Civil Veterinary Department. United Provinces 1932-42 - 1932-1942
Year: 1932
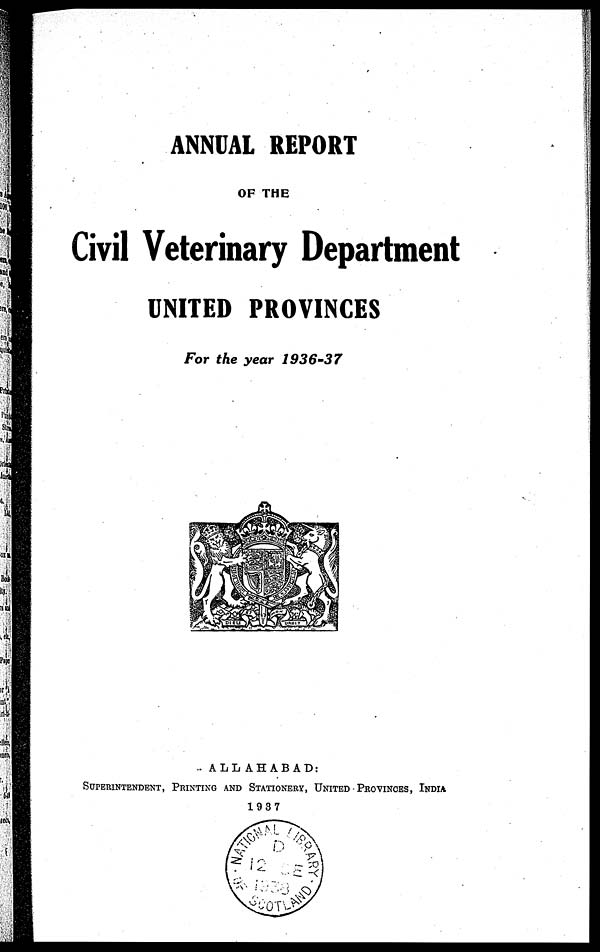
ANNUAL REPORT
OF THE
Civil Veterinary Department
UNITED PROVINCES
For the year 1936-37
ALLAHABAD:
SUPERINTENDENT, PRINTING AND STATIONERY, UNITED PROVINCES, INDIA
1937